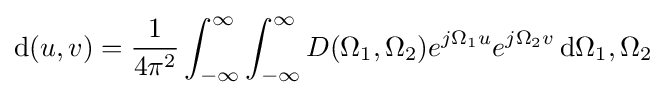
\mathrm {d} (u,v)={\frac {1}{4\pi ^{2}}}\int _{-\infty }^{\infty }\int _{-\infty }^{\infty }D(\Omega _{1},\Omega _{2})e^{j\Omega _{1}u}e^{j\Omega _{2}v}\,\mathrm {d} \Omega _{1},\Omega _{2}